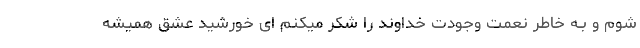
شوم و بـه خاطر نعمت وجودت خداوند را شکر میکنم ای خورشید عشق همیشه